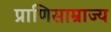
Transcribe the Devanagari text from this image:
प्राणिसाम्राज्य